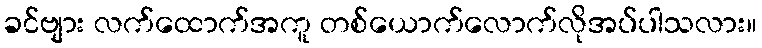
ခင်ဗျား လက်ထောက်အကူ တစ်ယောက်လောက်လိုအပ်ပါသလား။